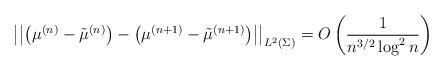
LaTeX: \begin{gather*}\big\vert \big\vert \big(\mu^{(n)} - \tilde{\mu}^{(n)}\big) - \big(\mu^{(n+1)} - \tilde{\mu}^{(n+1)}\big) \big\vert \big\vert_{L^2(\Sigma)} = O\left(\frac{1}{n^{3/2}\log^2 n }\right)\end{gather*}